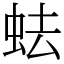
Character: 𧉧